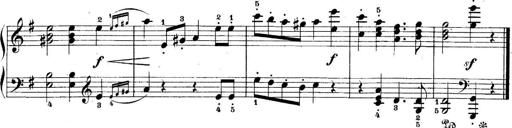
Title: 5 Sonatinas
Composer: Theodor Kirchner